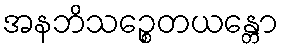
အနဘိသဉ္စေတယန္တော